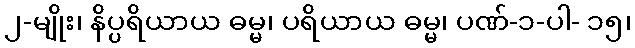
၂-မျိုး၊ နိပ္ပရိယာယ ဓမ္မ၊ ပရိယာယ ဓမ္မ၊ ပဏ်-၁-ပါ- ၁၅၊